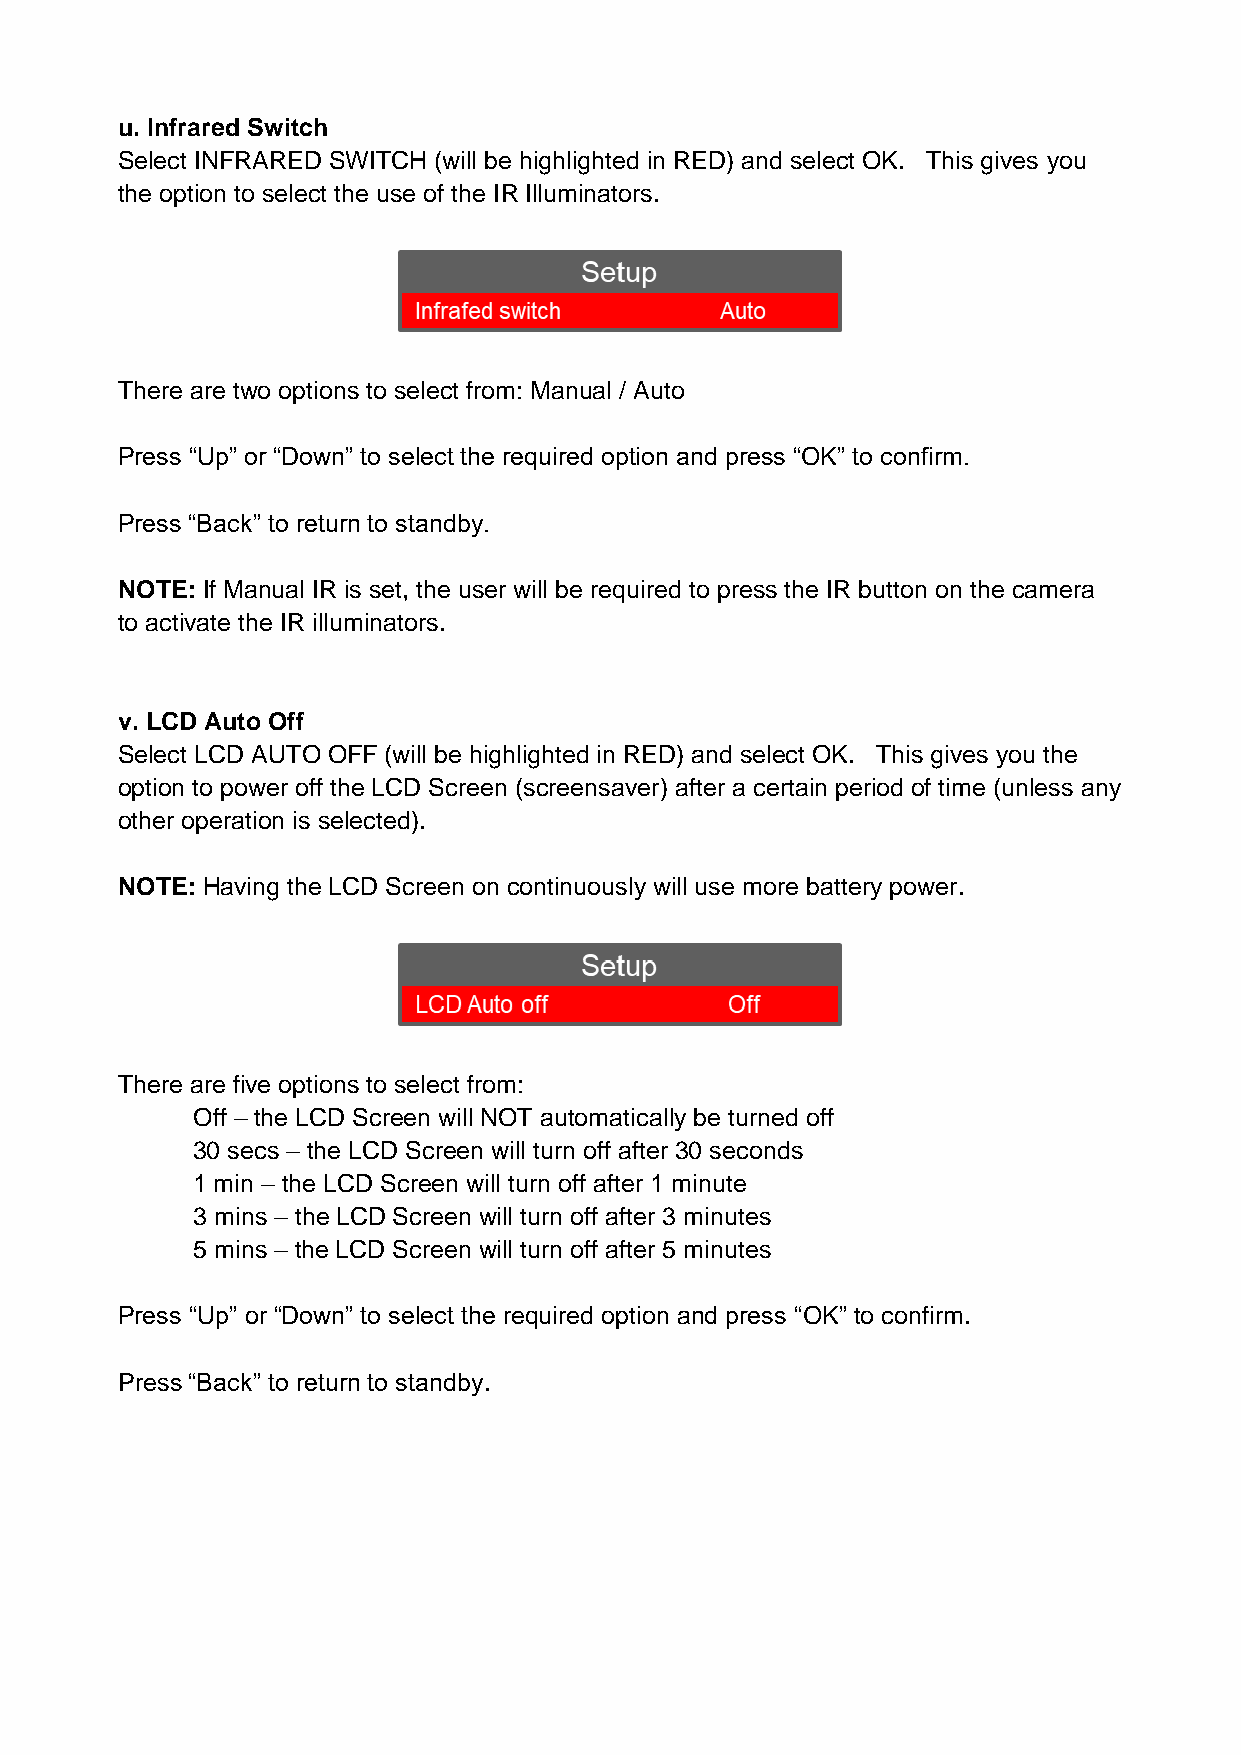
u. Infrared Switch
 Select INFRARED SWITCH (will be highlighted in RED) and select OK. This gives you
 the option to select the use of the IR Illuminators.
 There are two options to select from: Manual / Auto
 Press “Up” or “Down” to select the required option and press “OK” to confirm.
 Press “Back” to return to standby.
 NOTE: If Manual IR is set, the user will be required to press the IR button on the camera
 to activate the IR illuminators.
 v. LCD Auto Off
 Select LCD AUTO OFF (will be highlighted in RED) and select OK. This gives you the
 option to power off the LCD Screen (screensaver) after a certain period of time (unless any
 other operation is selected).
 NOTE: Having the LCD Screen on continuously will use more battery power.
 There are five options to select from:
 Off – the LCD Screen will NOT automatically be turned off
 30 secs – the LCD Screen will turn off after 30 seconds
 1 min – the LCD Screen will turn off after 1 minute
 3 mins – the LCD Screen will turn off after 3 minutes
 5 mins – the LCD Screen will turn off after 5 minutes
 Press “Up” or “Down” to select the required option and press “OK” to confirm.
 Press “Back” to return to standby.